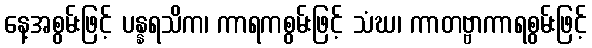
နေ့အစွမ်းဖြင့် ပန္နရသိက၊ ကာရကစွမ်းဖြင့် သံဃ၊ ကာတဗ္ဗာကာရစွမ်းဖြင့်